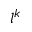
l ^ { k }